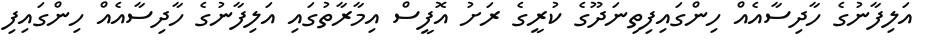
އަލިފާނުގެ ހާދިސާއެއް ހިންގައިފިތިނަދޫގެ ކުރީގެ ރަށު އޮފީސް އިމާރާތުގައި އަލިފާނުގެ ހާދިސާއެއް ހިންގައިފި